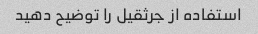
استفاده از جرثقیل را توضیح دهید